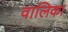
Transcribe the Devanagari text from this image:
वालिका